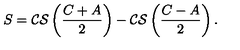
S = { \cal C S } \left( \frac { C + A } { 2 } \right) - { \cal C S } \left( \frac { C - A } { 2 } \right) .